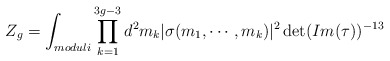
\begin{align*}Z_g=\int_{moduli}\prod_{k=1}^{3g-3}d^2m_k | \sigma(m_1, \cdots,m_k)|^2\det(Im(\tau))^{-13}\end{align*}